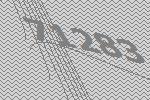
71283